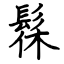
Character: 髹